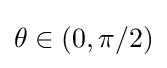
\theta \in (0,\pi /2)